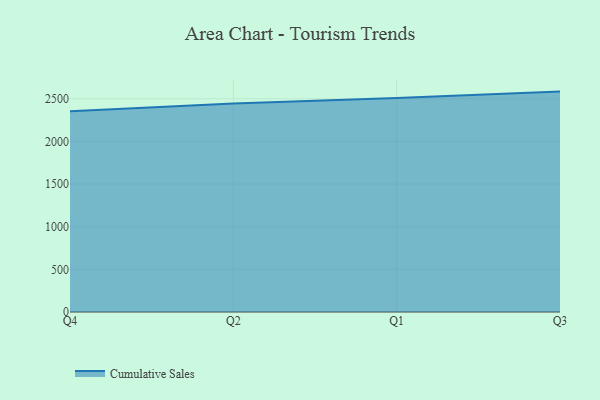
{"axis": {"x": "Quarter", "y": "Inventory Turnover"}, "legend": ["Cumulative Sales"], "data": [{"x": "Q4", "y": 2354.2, "type": "Cumulative Sales"}, {"x": "Q2", "y": 2446.0, "type": "Cumulative Sales"}, {"x": "Q1", "y": 2509.7, "type": "Cumulative Sales"}, {"x": "Q3", "y": 2584.5, "type": "Cumulative Sales"}]}